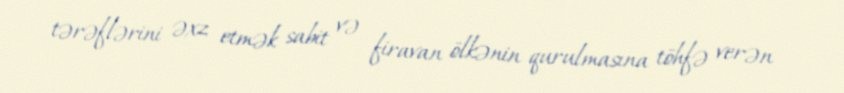
tərəflərini əxz etmək sabit və firavan ölkənin qurulmasına töhfə verən